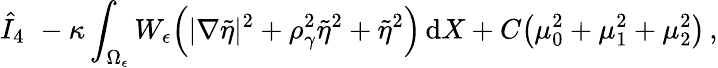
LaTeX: \hat{I}_{4}\, \le\, -\kappa\int_{\Omega_{\epsilon}}W_{\epsilon}\Bigl(|\nabla\tilde{\eta}|^{2}+\rho_{\gamma}^{2}\tilde{\eta}^{2}+\tilde{\eta}^{2}\Bigr)\, \mathrm{d}X+C\bigl(\mu_{0}^{2}+\mu_{1}^{2}+\mu_{2}^{2}\bigr)\, ,